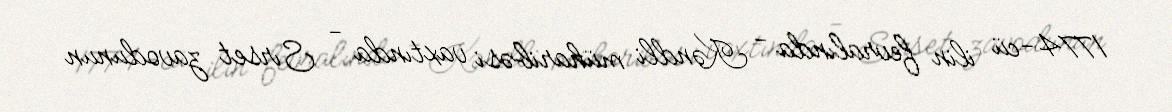
1774-cü ilin fevralında - Kəndli müharibəsi vaxtında - Sırset zavodunun